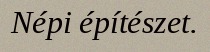
Népi építészet.